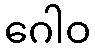
ဂေါဝ